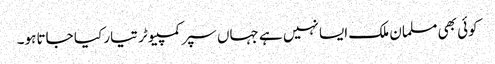
کوئی بھی مسلمان ملک ایسا نہیں ہے جہاں سپر کمپیوٹر تیار کیا جاتا ہو۔